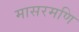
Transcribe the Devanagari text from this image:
मासरमणि